Annual administration report of the Civil Veterinary Department of India - 1902-1903
Year: 1902
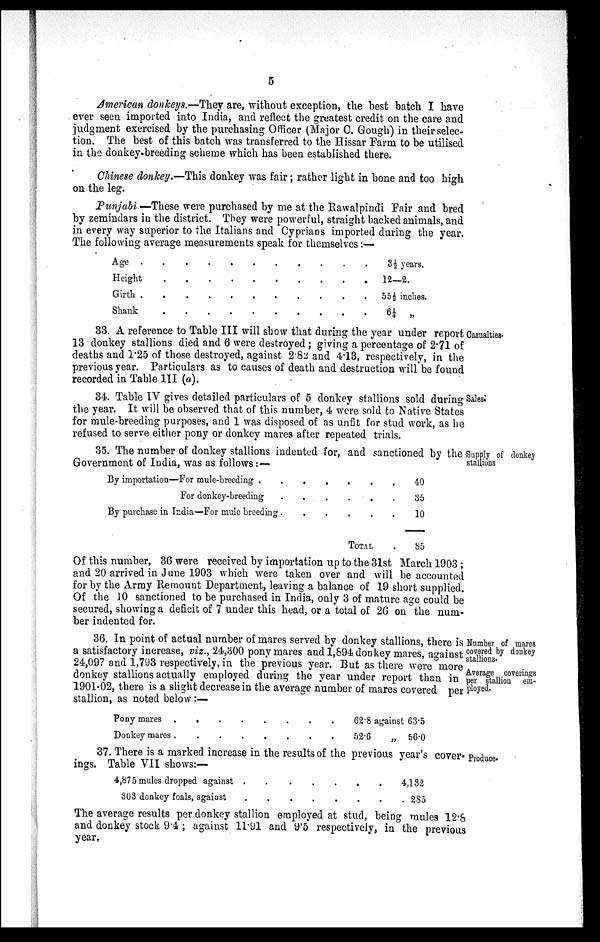
5
American donkeys.—They are, without exception, the best batch I have
ever seen imported into India, and reflect the greatest credit on the care and
judgment exercised by the purchasing Officer (Major C. Gough) in their selec-
tion. The best of this batch was transferred to the Hissar Farm to be utilised
in the donkey-breeding scheme which has been established there.
Chinese donkey.—This donkey was fair; rather light in bone and too high
on the leg.
Punjabi —These were purchased by me at the Rawalpindi Fair and bred
by zemindars in the district. They were powerful, straight backed animals, and
in every way superior to the Italians and Cyprians imported during the year.
The following average measurements speak for themselves:—
Age . . . . . . . . . . .
Height . . . . . . . . . .
Girth . . . . . . . . . . .
Shank . . . . . . . . . .
3½ years.
12—2.
55 1/3 inches.
6¼ „
Casualties.
33. A reference to Table III will show that during the year under report
13 donkey stallions died and 6 were destroyed; giving a percentage of 2.71 of
deaths and 1.25 of those destroyed, against 2.82 and 4.13, respectively, in the
previous year. Particulars as to causes of death and destruction will be found
recorded in Table III (a).
Sales.
34. Table IV gives detailed particulars of 5 donkey stallions sold during
the year. It will be observed that of this number, 4 were sold to Native States
for mule-breeding purposes, and 1 was disposed of as unfit for stud work, as he
refused to serve either pony or donkey mares after repeated trials.
Supply of donkey
stallions
35. The number of donkey stallions indented for, and sanctioned by the
Government of India, was as follows:—
By importation—For mule-breeding . . . . . . .
For donkey-breeding . . . . . .
By purchase in India—For mule breeding . . . . . .
TOTAL .
40
35
10
85
Of this number, 36 were received by importation up to the 31st March 1903;
and 20 arrived in June 1903 which were taken over and will be accounted
for by the Army Remount Department, leaving a balance of 19 short supplied.
Of the 10 sanctioned to be purchased in India, only 3 of mature age could be
secured, showing a deficit of 7 under this head, or a total of 26 on the num-
ber indented for.
Number of mares
covered by donkey
stallions.
Average coverings
per stallion em-
ployed.
36. In point of actual number of mares served by donkey stallions, there is
a satisfactory increase, viz., 24,300 pony mares and 1,894 donkey mares, against
24,097 and 1,793 respectively, in the previous year. But as there were more
donkey stallions actually employed during the year under report than in
1901-02, there is a slight decrease in the average number of mares covered per
stallion, as noted below:—
Pony mares . . . . . . . .
Donkey mares . . . . . . . .
62.8 against 63.5
52.6
„ 56.0
37. There is a marked increase in the results of the previous year's cover- Produce-
ings. Table VII shows:—
4,875 mules dropped against . . . . . . .
303 donkey foals, against . . . . . . .
4,132
285
The average results per donkey stallion employed at stud, being mules 12.8
and donkey stock 9.4; against 11.91 and 9.5 respectively, in the previous
year.